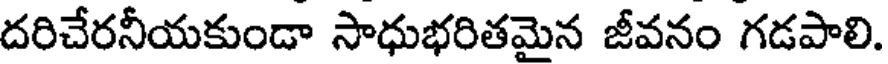
దరిచేరనీయకుండా సాధుభరితమైన జీవనం గడపాలి.